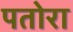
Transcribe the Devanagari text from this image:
पतोरा